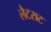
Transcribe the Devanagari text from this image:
लैटराट